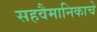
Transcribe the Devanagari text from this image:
सहवैमानिकाचे